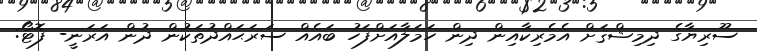
ސޫރިޔާގެ ދިމިޝްޤަށް އެމެރިކާއިން ދިން ހަމަލާއަށްފަހު ބައެއް ސަރަޙައްދުތަކުން ދުން އަރަނީ- ފޮޓޯ: